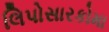
લિપોસારકોમા